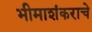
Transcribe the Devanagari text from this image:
भीमाशंकराचे